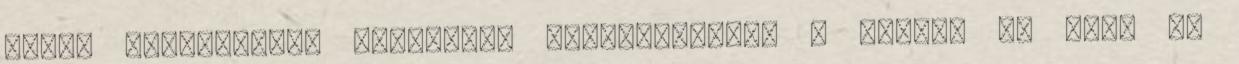
csepp illóolaajat keverünk. Felhasználás: A krémet ne csak az